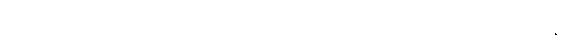
သို့ရာတွင် သနားခြင်း တခုတည်းကို အခြေခံရုံမျှဖြင့် အချစ်ကို တည်ဆောက်ခြင်း မပြုနိုင်။